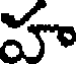
హ